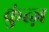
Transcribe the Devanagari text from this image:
कुंत्ज़